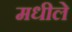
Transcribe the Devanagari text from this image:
मधीले